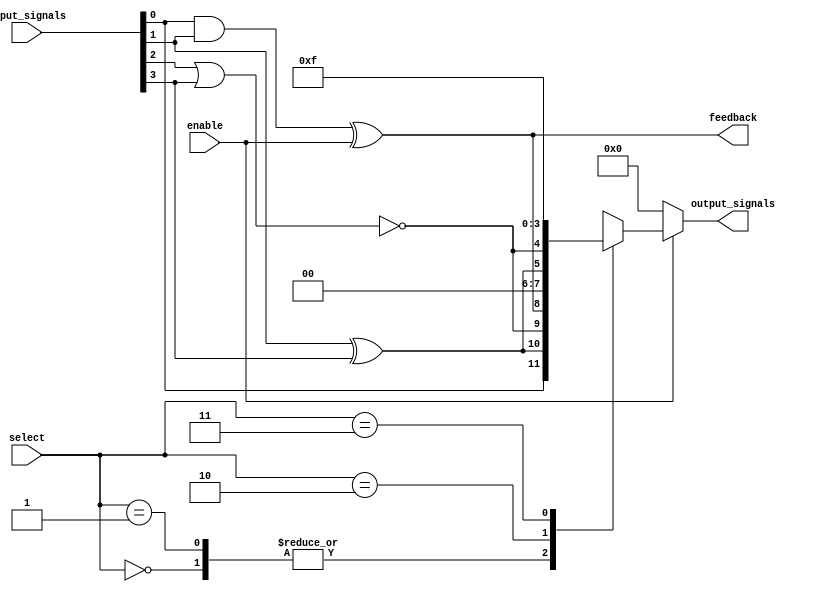
module CLB (
    input wire [3:0] input_signals,  // 4-bit input signals
    input wire [1:0] select,          // Selector for multiplexer
    input wire enable,                 // Enable signal for logic operations
    output wire [3:0] output_signals, // 4-bit output signals
    output wire feedback               // Feedback to input
);

    // Logic Cells with Look-Up Tables (LUT)
    wire [3:0] lut_outputs; // Outputs from the LUTs
    wire [3:0] mux_outputs; // Outputs from multiplexers

    // Example LUTs, implementing basic logic functions
    assign lut_outputs[0] = (input_signals[0] & input_signals[1]) ^ enable; // Example LUT 1: (A & B) ^ enable
    assign lut_outputs[1] = ~(input_signals[2] | input_signals[3]);        // Example LUT 2: ~(C | D)
    assign lut_outputs[2] = input_signals[1] ^ input_signals[3];          // Example LUT 3: B XOR D
    assign lut_outputs[3] = enable ? input_signals[0] : 1'b0;             // Example LUT 4: If enable, output A else 0

    // Mux logic to select output based on the 'select' input
    always @(*) begin
        case(select)
            2'b00: mux_outputs = lut_outputs;                // Select outputs directly from LUTs
            2'b01: mux_outputs = {lut_outputs[3], lut_outputs[2], lut_outputs[1], lut_outputs[0]}; // Reversed
            2'b10: mux_outputs = {1'b0, lut_outputs[1:2]};  // Example: Zero as first bit
            2'b11: mux_outputs = 4'b1111;                    // Example: All ones
            default: mux_outputs = 4'b0000;                  // Default case
        endcase
    end

    // Output drivers with optional feedback
    assign output_signals = (enable) ? mux_outputs : 4'b0000; // Control output based on enable
    assign feedback = lut_outputs[0]; // Feedback path to 'feedback' output

endmodule